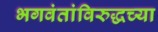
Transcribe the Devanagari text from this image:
भगवंतांविरुद्धच्या